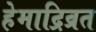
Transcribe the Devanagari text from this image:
हेमाद्रिव्रत